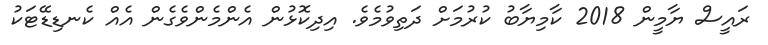
ރައީސް ޔާމީން 2018 ކާމިޔާބު ކުރުމަށް ދަތިވުމެވެ. އިދިކޮޅުން އެންމެންވެގެން އެއް ކެނޑިޑޭޓަކު